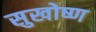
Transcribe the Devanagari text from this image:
सुखोष्ण